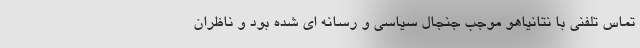
تماس تلفنی با نتانیاهو موجب جنجال سیاسی و رسانه ای شده بود و ناظران